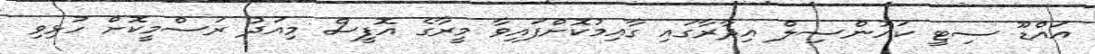
އައްޑޫ ސިޓީ ކައުންސިލް އިދާރާގައި ގާއިމުކޮށްފައިވާ މީރާގެ އޮފީސް މިއަދު ރަސްމީކޮށް ހުޅިވި